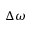
\Delta \omega